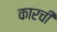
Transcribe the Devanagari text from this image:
कारची